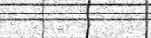
-